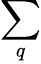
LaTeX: \sum_{q}